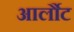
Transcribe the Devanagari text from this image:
आर्लौट